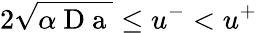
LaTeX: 2\sqrt{\alpha\mathrm{~D~a~}}\leq u^{-}<u^{+}